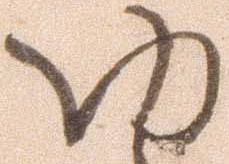
ゆ